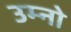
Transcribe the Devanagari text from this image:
उम्नो